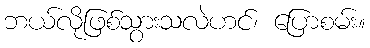
ဘယ်လိုဖြစ်သွားသလဲဟင်၊ ပြောစမ်း။